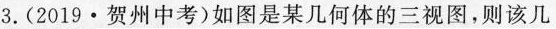
3.(2019 · 贺州中考)如图是某几何体的三视图，则该几